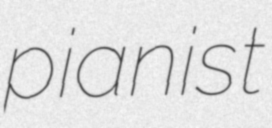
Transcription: pianist